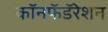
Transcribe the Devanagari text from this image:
कॉनफॅडॅरेशन